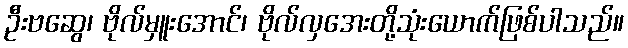
ဦးဗဆွေ၊ ဗိုလ်မှူးအောင်၊ ဗိုလ်လှအေးတို့သုံးယောက်ဖြစ်ပါသည်။